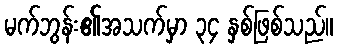
မက်ဘွန်း၏အသက်မှာ ၃၄ နှစ်ဖြစ်သည်။